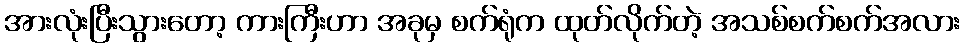
အားလုံးပြီးသွားတော့ ကားကြီးဟာ အခုမှ စက်ရုံက ထုတ်လိုက်တဲ့ အသစ်စက်စက်အလား